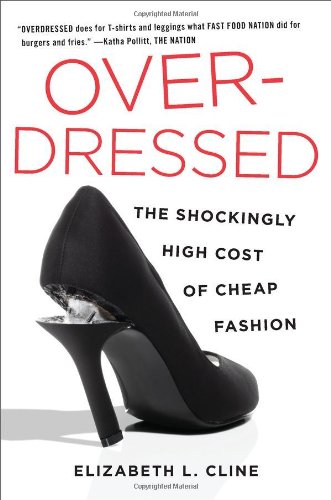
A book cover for Overdressed: The Shockingly High Cost of Cheap Fashion; Elizabeth L. Cline; Reference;